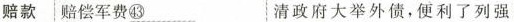
赔款 赔偿军费\underline{㊸} 清政府大举外债，便利了列强